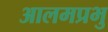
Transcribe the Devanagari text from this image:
आलमप्रभु